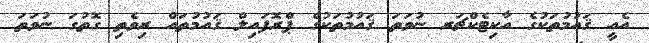
އެއީ ޤައުމުތަކުގެ އާކިޓެކްޗަރ ނުވަތަ ޤައުމުތަކުގެ ޕްރޮފައިލް ޤައުމުތައް ރިވެތި ގޮތުގަ ނުވަތަ